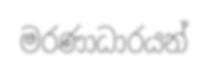
මරණාධාරයන්